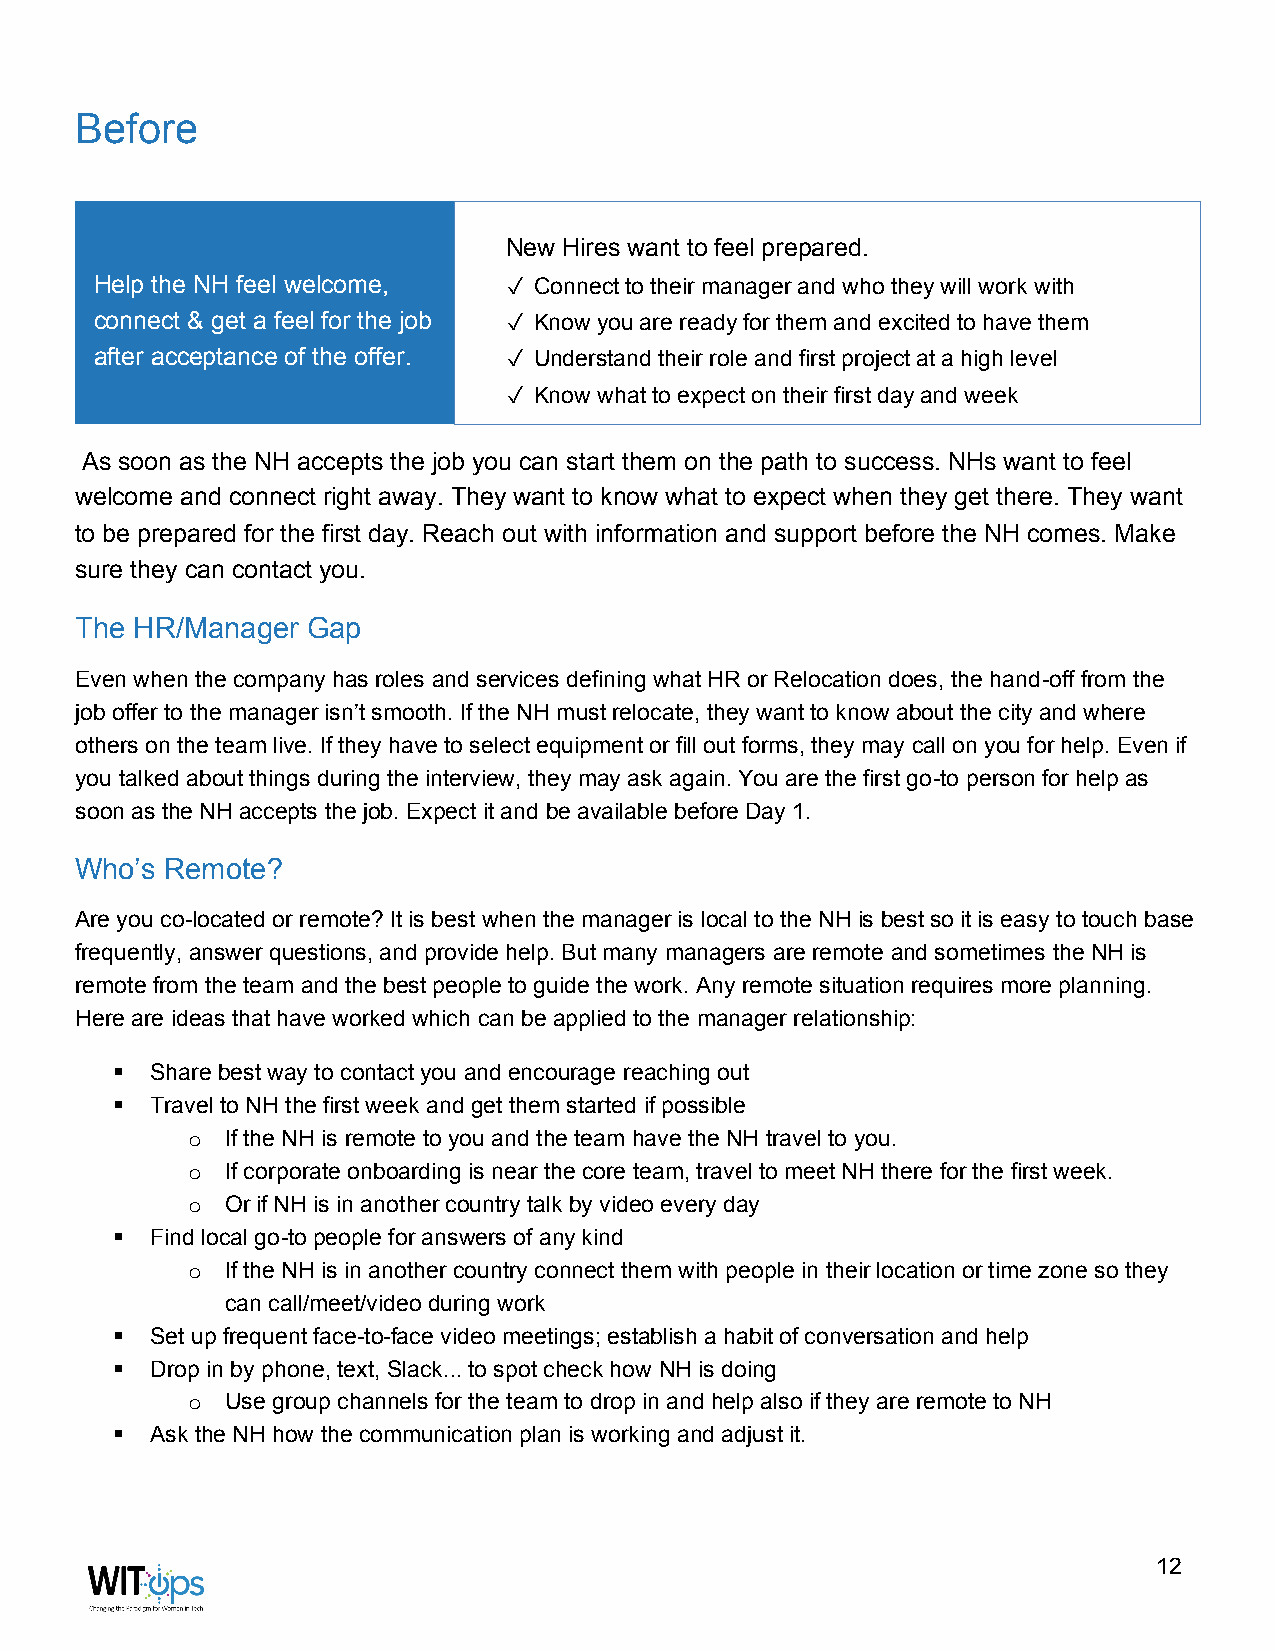
Before
 New Hires want to feel prepared.
 Help the NH feel welcome,   ✓ Connect to their manager and who they will work with
 connect & get a feel for the job ✓ Know you are ready for them and excited to have them
 after acceptance of the offer. ✓ Understand their role and first project at a high level
 ✓ Know what to expect on their first day and week
 As soon as the NH accepts the job you can start them on the path to success. NHs want to feel
 welcome and connect right away. They want to know what to expect when they get there. They want
 to be prepared for the first day. Reach out with information and support before the NH comes. Make
 sure they can contact you.
 The HR/Manager Gap
 Even when the company has roles and services defining what HR or Relocation does, the hand-off from the
 job offer to the manager isn’t smooth. If the NH must relocate, they want to know about the city and where
 others on the team live. If they have to select equipment or fill out forms, they may call on you for help. Even if
 you talked about things during the interview, they may ask again. You are the first go-to person for help as
 soon as the NH accepts the job. Expect it and be available before Day 1.
 Who’s Remote?
 Are you co-located or remote? It is best when the manager is local to the NH is best so it is easy to touch base
 frequently, answer questions, and provide help. But many managers are remote and sometimes the NH is
 remote from the team and the best people to guide the work. Any remote situation requires more planning.
 Here are ideas that have worked which can be applied to the manager relationship:
 ▪  Share best way to contact you and encourage reaching out
 ▪  Travel to NH the first week and get them started if possible
 If the NH is remote to you and the team have the NH travel to you.
 o
 If corporate onboarding is near the core team, travel to meet NH there for the first week.
 o
 Or if NH is in another country talk by video every day
 o
 ▪  Find local go-to people for answers of any kind
 If the NH is in another country connect them with people in their location or time zone so they
 o
 can call/meet/video during work
 ▪  Set up frequent face-to-face video meetings; establish a habit of conversation and help
 ▪  Drop in by phone, text, Slack... to spot check how NH is doing
 Use group channels for the team to drop in and help also if they are remote to NH
 o
 ▪  Ask the NH how the communication plan is working and adjust it.
 12